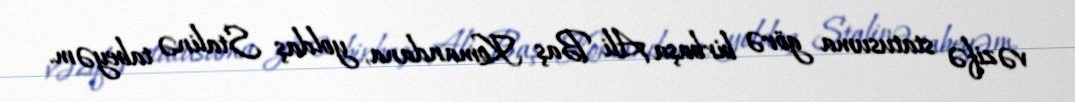
vəzifə statusuma görə birbaşa Ali Baş Komandana, yoldaş Stalinə tabeyəm.